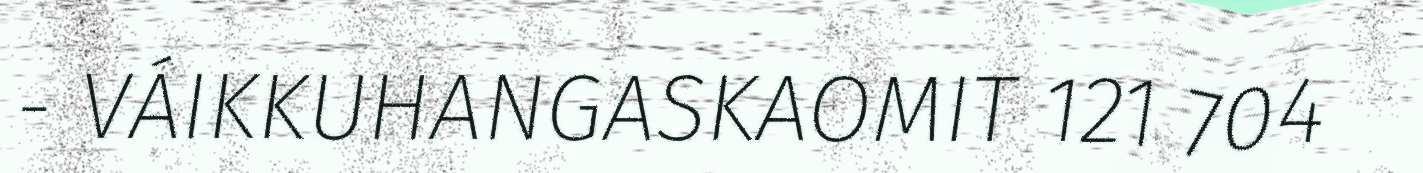
- VÁIKKUHANGASKAOMIT 121 704